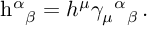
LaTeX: \mathrm { h } ^ { \alpha } { } _ { \beta } = h ^ { \mu } \gamma _ { \mu } { } ^ { \alpha } { } _ { \beta } \, .